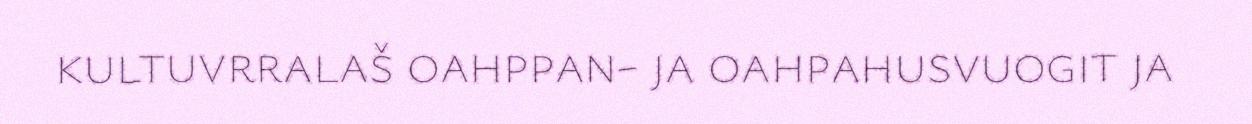
kultuvrralaš oahppan- ja oahpahusvuogit ja